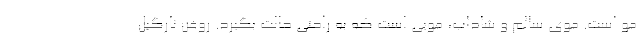
مو است. موی سالم و شاداب، مویی است که به راحتی حالت بگیرد. روغن نارگیل